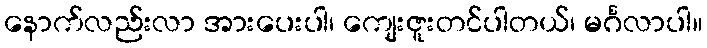
နောက်လည်းလာ အားပေးပါ၊ ကျေးဇူးတင်ပါတယ်၊ မင်္ဂလာပါ။